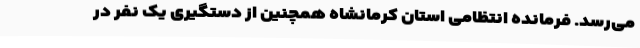
می‌رسد. فرمانده انتظامی استان کرمانشاه همچنین از دستگیری یک نفر در